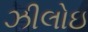
ઝીલોઇ